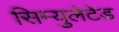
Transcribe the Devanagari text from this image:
सिम्युलेटेड